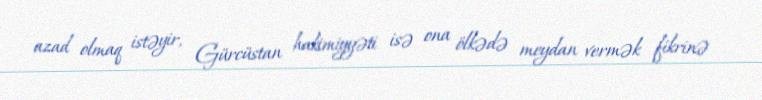
azad olmaq istəyir, Gürcüstan hakimiyyəti isə ona ölkədə meydan vermək fikrinə